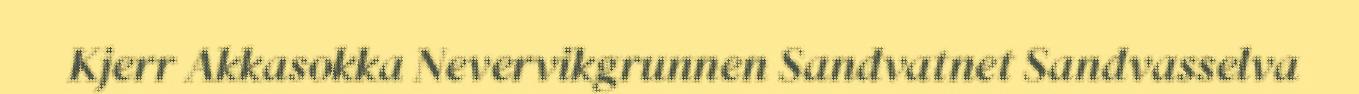
Kjerr Akkasokka Nevervikgrunnen Sandvatnet Sandvasselva